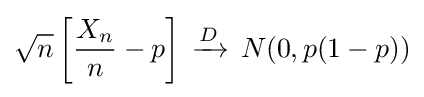
{{\sqrt {n}}\left[{\frac {X_{n}}{n}}-p\right]\,\xrightarrow {D} \,N(0,p(1-p))}